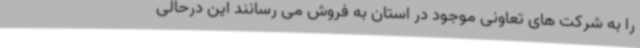
را به شرکت های تعاونی موجود در استان به فروش می رسانند این درحالی